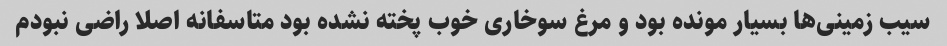
سیب زمینی‌ها بسیار مونده بود و مرغ سوخاری خوب پخته نشده بود متاسفانه اصلا راضی نبودم